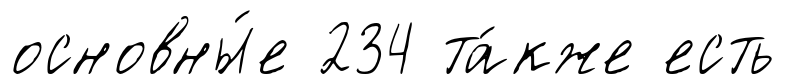
основны́е 234 та́кже есть